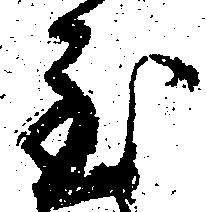
至